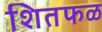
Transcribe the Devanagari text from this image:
शितफळ